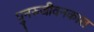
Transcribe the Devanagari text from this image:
पुनरुजीवनकाल